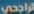
الراجحي